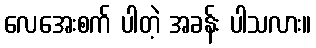
လေအေးစက် ပါတဲ့ အခန်း ပါသလား။